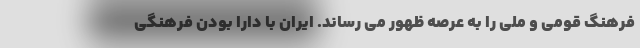
فرهنگ قومی و ملی را به عرصه ظهور می رساند. ایران با دارا بودن فرهنگی